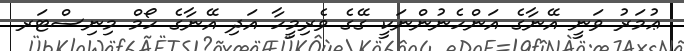
ޢުމަރު ވަނީ އޭނާގެ އަންހެނުންނަކީ ގޭގެ ވެރިމީހާ އަދި އޭނާގެ ހޯމް މިނިސްޓަރ